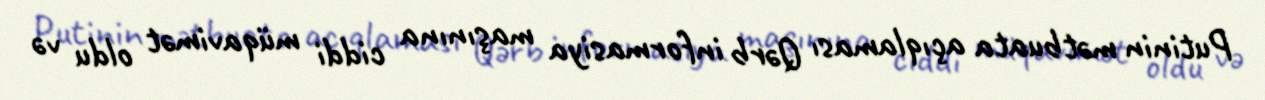
Putinin mətbuata açıqlaması Qərb informasiya maşınına ciddi müqavimət oldu və